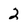
Character: 2